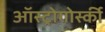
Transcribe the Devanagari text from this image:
ऑस्ट्रोगोर्स्की